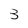
Character: 3